Report of the Indian Hemp Drugs Commission, 1894-1895 - Volume III
Year: 1894
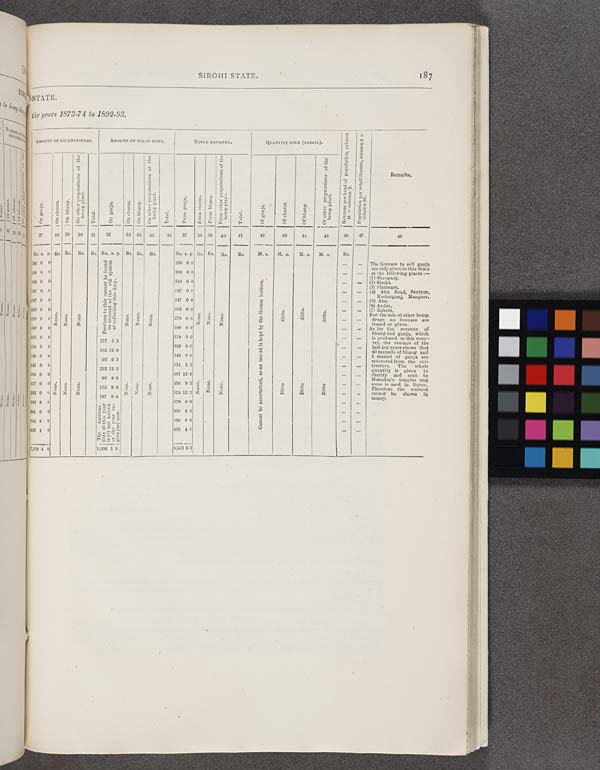
SIROHI STATE.
1 8 7
STATE.
the years
1873-74
to
1692-93.
AMOUNT OF LICENSES-FEES.
AMOUNT OF FIXED DUTY.
TOTAL REVENUE.
QUANTITY SOLD (RETAIL).
Revenue per head of population, column
41 - column 2.
Population per retail license, column 2 +
column 26.
Remarks,
On ganja.
On charas.
On bhang.
On other preparations of the
hemp plant.
Total.
On ganja.
On charas.
On bhang.
On other preparations of the
hemp piant.
Total.
From ganja.
From charas.
From bhang.
From other preparations of the
hemp plant.
Total.
Of ganja.
Of charas.
Of bhang.
Of other preparations of the
hemp plant.
Revenue per head of population, column
41 - column 2.
Population per retail license, column 2 +
column 26.
Remarks,
27
28 29
30
31
32
33 31
35
36
37
38 39
40
41
42
43
44
45
46
47
48
Rs. a.
p.
Rs. Rs.
Rs.
Rs. RS. a. p. Rs. Rs.
Rs.
Rs. a. p. Rs. Rs.
Rs.
Rs.
M.s.
M. s.
M. s.
M. s.
Rs.
The licenses to sell ganja
are only given in this State
at the following places:—
(1) Sheoganj.
(2)Sirohi.
(3) Pindwara.
(4) Abu Road, Santpur,
Kesherganj, Manpore.
(5) Abu.
(6) Andra.
(7) Rohers.
For the sale of other hemp
drugs no licenses are
issued or given.
As for the revenue of
bhang and ganja, which
is produced in this coun-
try, the average of the
last tenn years shows that
40 maunds of bhang and
1 maund of ganja are
recovered from the cul-
tivators, The whole
quantity is given in
charity and sent to
Mahadeo's temples and
some is used in liquor.
Therefore the amount
cannot be shown in
money.
196 0 0
Previous to this cannot be found
on account of the old system
of collecting this duty.
196 0 0
289 0 0
Previous to this cannot be found
on account of the old system
of collecting this duty.
289 0 0
389 0 0
Previous to this cannot be found
on account of the old system
of collecting this duty.
289 0 0
Cannot be ascertained, as no record is kept by the license holders.
197 0 0
Previous to this cannot be found
on account of the old system
of collecting this duty.
197 0 0
Cannot be ascertained, as no record is kept by the license holders.
347 0 0
Previous to this cannot be found
on account of the old system
of collecting this duty.
247 0 0
Cannot be ascertained, as no record is kept by the license holders.
283 0 0
None.
None.
None.
Previous to this cannot be found
on account of the old system
of collecting this duty.
None.
None.
None.
283 0 0
None.
None.
None.
Cannot be ascertained, as no record is kept by the license holders.
ditto.
ditto.
ditto.
270 0 0
None.
None.
None.
Previous to this cannot be found
on account of the old system
of collecting this duty.
None.
None.
None.
270 0 0
None.
None.
None.
Cannot be ascertained, as no record is kept by the license holders.
ditto.
ditto.
ditto.
380 0 0
None.
None.
None.
Previous to this cannot be found
on account of the old system
of collecting this duty.
None.
None.
None.
380 0 0
Cannot be ascertained, as no record is kept by the license holders.
319 0 0
177 5 3
319 0 0
Cannot be ascertained, as no record is kept by the license holders.
389 0 0
102 12 9
359 0 0
Cannot be ascertained, as no record is kept by the license holders.
346 0 0
93 9 3
340 0 0
Cannot be ascertained, as no record is kept by the license holders.
147 0 0
232 12 3
521 6 3
Cannot be ascertained, as no record is kept by the license holders.
365 0 0
86 8 9
467 12 9
Cannot be ascertained, as no record is kept by the license holders.
357 0 0
None.
None.
None.
115 8 6
None.
None.
None.
150 9 3
None.
None.
None.
Cannot be ascertained, as no record is kept by the license holders.
Ditto
Ditto
Ditto
392 0 0
None.
None.
None.
197 8 6
None.
None.
None.
521 12 3
None.
None.
None.
Cannot be ascertained, as no record is kept by the license holders.
Ditto
Ditto
Ditto
392 8 0
The customs
duty of this year
is yet not known
is the year be-
gins just now.
679 0 9
Cannot be ascertained, as no record is kept by the license holders.
381
0 0
The customs
duty of this year
is yet not known
is the year be-
gins just now.
696 8 6
Cannot be ascertained, as no record is kept by the license holders.
756
8 0
The customs
duty of this year
is yet not known
is the year be-
gins just now.
956 0 6
Cannot be ascertained, as no record is kept by the license holders.
863
4 0
The customs
duty of this year
is yet not known
is the year be-
gins just now.
863 4 0
Cannot be ascertained, as no record is kept by the license holders.
7,329 4 0
1,006 1 3
8,353 5 3